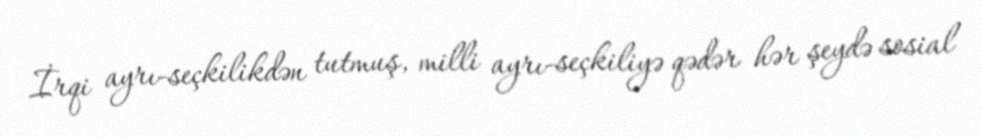
İrqi ayrı-seçkilikdən tutmuş, milli ayrı-seçkiliyə qədər hər şeydə sosial